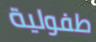
طفولية